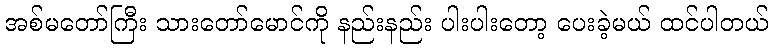
အစ်မတော်ကြီး သားတော်မောင်ကို နည်းနည်း ပါးပါးတော့ ပေးခဲ့မယ် ထင်ပါတယ်